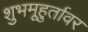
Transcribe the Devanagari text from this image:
शुभमूहुर्तावर